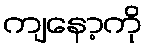
ကျနော့ကို